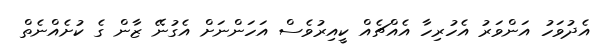
އެދުވަހު އަންވަރު އެހުރިހާ އެއްޗެއް ކީއިރުވެސް އަހަންނަށް އެގުނޭ ޒާން ގެ ކުށެއްނެތް